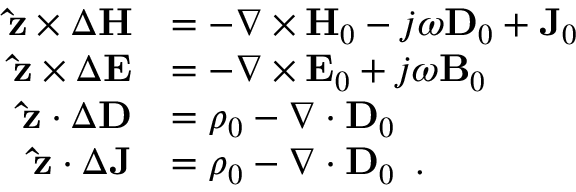
\begin{array} { r l } { \mathbf { \hat { z } } \times \Delta \mathbf { H } } & { = - \nabla \times \mathbf { H } _ { 0 } - j \omega \mathbf { D } _ { 0 } + \mathbf { J } _ { 0 } } \\ { \mathbf { \hat { z } } \times \Delta \mathbf { E } } & { = - \nabla \times \mathbf { E } _ { 0 } + j \omega \mathbf { B } _ { 0 } } \\ { \mathbf { \hat { z } } \cdot \Delta \mathbf { D } } & { = \rho _ { 0 } - \nabla \cdot \mathbf { D } _ { 0 } } \\ { \mathbf { \hat { z } } \cdot \Delta \mathbf { J } } & { = \rho _ { 0 } - \nabla \cdot \mathbf { D } _ { 0 } \ \, . } \end{array}